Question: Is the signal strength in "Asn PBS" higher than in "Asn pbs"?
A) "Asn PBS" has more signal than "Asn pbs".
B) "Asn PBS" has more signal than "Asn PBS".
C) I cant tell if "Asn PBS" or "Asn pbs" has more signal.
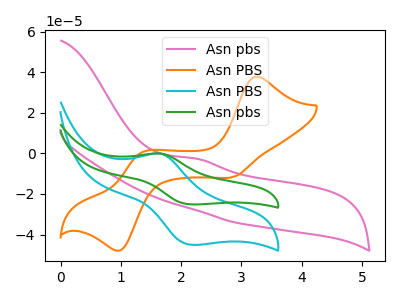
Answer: <think>The pink curve "Asn pbs" has an anodic peak at: (2.20V, -2.45uA). The orange curve "Asn PBS" has anodic peaks at (3.25V, 37.85uA) (1.35V, 0.25uA) and cathodic peaks at (2.90V, -11.40uA) (1.00V, -47.60uA). The cyan curve "Asn PBS" has an anodic peak at (1.65V, -0.10uA) and a cathodic peak at (2.20V, -45.10uA). The green curve "Asn pbs" has an anodic peak at (1.65V, -0.05uA) and a cathodic peak at (2.20V, -25.15uA).
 All the peaks in "Asn PBS" have a peak in "Asn pbs" at the same potential.</think>
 <answer>C) I cant tell if "Asn PBS" or "Asn pbs" has more signal.</answer>
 <eval>C</eval>